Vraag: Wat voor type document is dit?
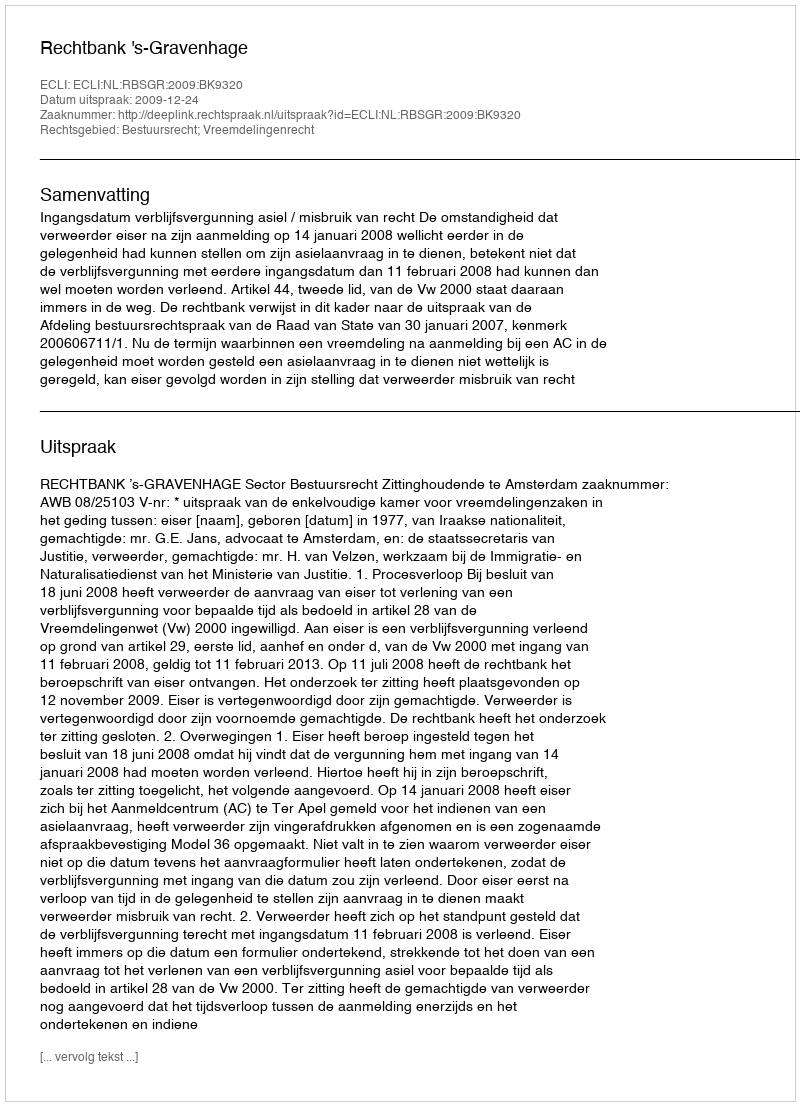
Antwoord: Uitspraak